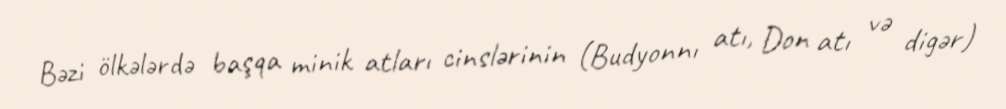
Bәzi ölkәlәrdә başqa minik atları cinslәrinin (Budyonnı atı, Don atı vә digәr)